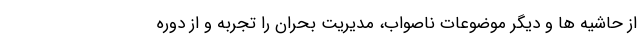
از حاشیه ها و دیگر موضوعات ناصواب، مدیریت بحران را تجربه و از دوره